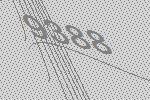
9388